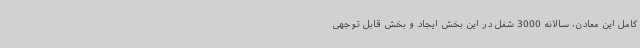
کامل این معادن، سالانه 3000 شغل در این بخش ایجاد و بخش قابل توجهی